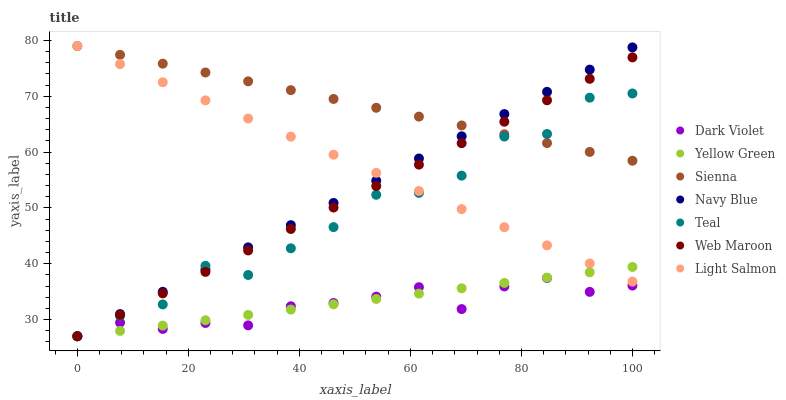
| xaxis_label | Dark Violet | Yellow Green | Sienna | Navy Blue | Teal | Web Maroon | Light Salmon |
 | --- | --- | --- | --- | --- | --- | --- | --- |
 | 0 | 27 | 27 | 79 | 27 | 27 | 27 | 79 |
 | 7.69 | 29.4 | 28 | 77.4 | 31 | 30.7 | 30.8 | 75.8 |
 | 15.4 | 28.3 | 28.9 | 75.8 | 35 | 32.7 | 34.7 | 72.5 |
 | 23.1 | 29.4 | 29.9 | 74.3 | 38.9 | 39.6 | 38.5 | 69.3 |
 | 30.8 | 29 | 30.8 | 72.7 | 42.9 | 38 | 42.4 | 66 |
 | 38.5 | 32.4 | 31.8 | 71.1 | 46.9 | 42.8 | 46.2 | 62.8 |
 | 46.2 | 33 | 32.7 | 69.5 | 50.9 | 46.6 | 50.1 | 59.5 |
 | 53.8 | 34.1 | 33.7 | 67.9 | 54.9 | 52.3 | 53.9 | 56.3 |
 | 61.5 | 35.8 | 34.6 | 66.4 | 58.8 | 52.7 | 57.7 | 53 |
 | 69.2 | 31.9 | 35.6 | 64.8 | 62.8 | 55.8 | 61.6 | 49.8 |
 | 76.9 | 35.9 | 36.6 | 63.2 | 66.8 | 62.8 | 65.4 | 46.5 |
 | 84.6 | 37.4 | 37.5 | 61.6 | 70.8 | 63.2 | 69.3 | 43.3 |
 | 92.3 | 35 | 38.5 | 60 | 74.8 | 69.7 | 73.1 | 40 |
 | 100 | 36.1 | 39.4 | 58.4 | 78.8 | 70.5 | 77 | 36.8 |